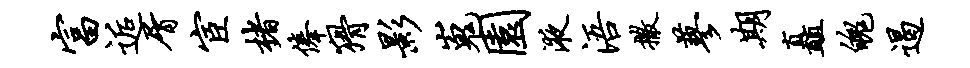
富逅屑宦楮俸猾影嵬园液浯撒蓼期矗魄遏